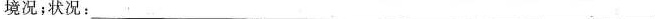
境况；状况：___